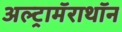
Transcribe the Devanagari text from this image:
अल्ट्रामॅराथॉन